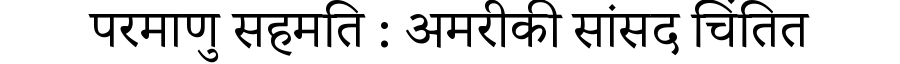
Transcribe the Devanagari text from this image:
परमाणु सहमति : अमरीकी सांसद चिंतित